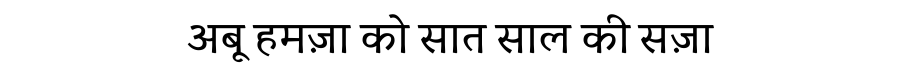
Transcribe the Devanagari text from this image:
अबू हमज़ा को सात साल की सज़ा